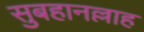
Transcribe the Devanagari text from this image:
सुबहानल्लाह